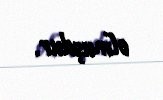
olmuşdur.